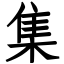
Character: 集